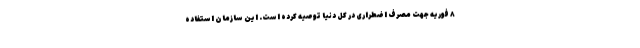
۸ فوریه جهت مصرف اضطراری در کل دنیا توصیه کرده است. این سازمان استفاده